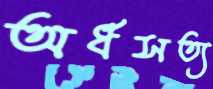
অর্ধসত্য